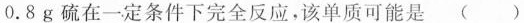
0.8g硫在一定条件下完全反应，该单质可能是()